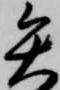
矢